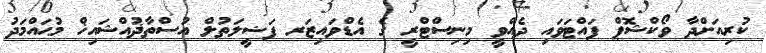
ކުރިއަށްދާ ވޯކްޝޮޕް ފައްޓަވައި ދެއްވީ މިނިސްޓްރީ ގެ އެޑްވައިޒަރ ފަޟީލަތުލް އުސްތާޛުއްޝައިޚް މުޙައްމަދު